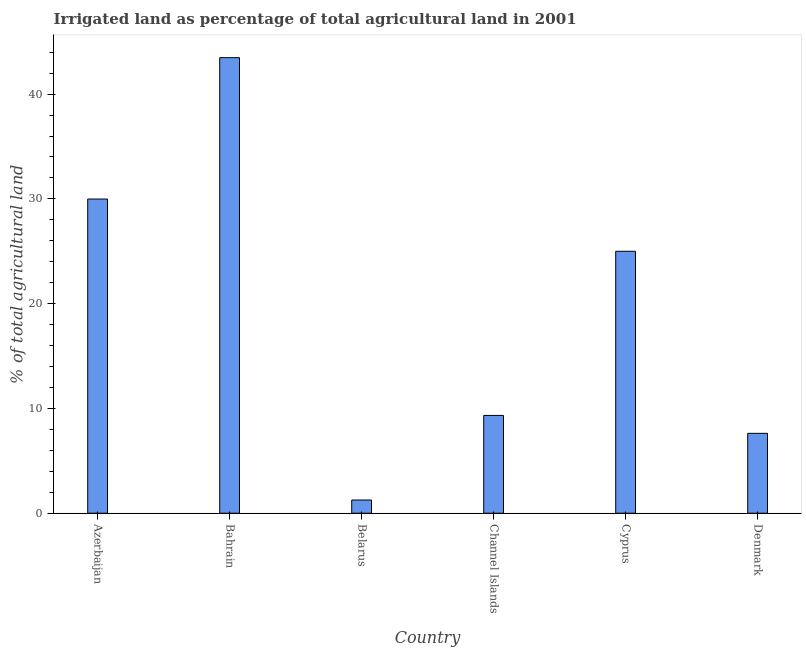
| Country | Agricultural irrigated land  |
 | --- | --- |
 | Azerbaijan | 30 |
 | Bahrain | 43.5 |
 | Belarus | 1.26 |
 | Channel Islands | 9.33 |
 | Cyprus | 25 |
 | Denmark | 7.62 |